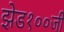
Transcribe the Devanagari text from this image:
झेड१००जी